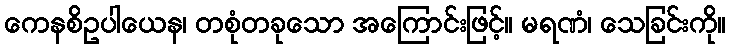
ကေနစိဥပါယေန၊ တစုံတခုသော အကြောင်းဖြင့်။ မရဏံ၊ သေခြင်းကို။